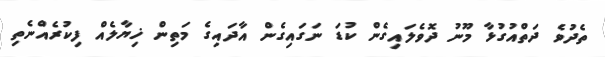
ތެދުވެ ދަތްއުގުޅާ މޫނު ދޮވެލައިގެން ކުޑަ ނަގައިގެން އާދައިގެ މަތިން ޚިޔާލެއް ފިކުރެއްނެތި